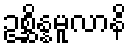
ဥစ္ဆိန္နမူလာနိ